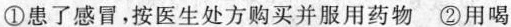
①患了感冒，按医生处方购买并服用药物 ②用喝